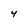
Character: 4